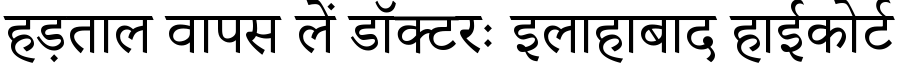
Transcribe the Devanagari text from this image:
हड़ताल वापस लें डॉक्टरः इलाहाबाद हाईकोर्ट